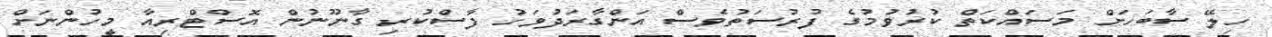
ހިލޭ ސާބަހަށް މަސަައްކަތް ކުރުވުމުގެ ފުރުސަތުވެސް އަންގާރަދުވަހު ފާސްކުރި ގާނޫނުން އޮސްޓްރިއާ މީހުންނަށް